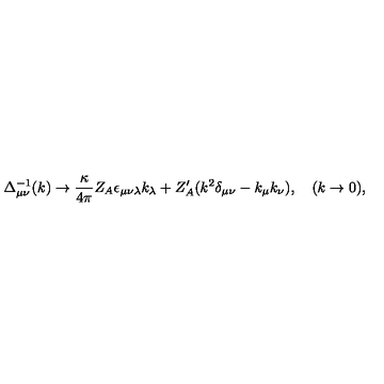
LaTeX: \Delta _ { \mu \nu } ^ { - 1 } ( k ) \to \frac { \kappa } { 4 \pi } Z _ { A } \epsilon _ { \mu \nu \lambda } k _ { \lambda } + Z _ { A } ^ { \prime } ( k ^ { 2 } \delta _ { \mu \nu } - k _ { \mu } k _ { \nu } ) , \quad ( k \to 0 ) ,